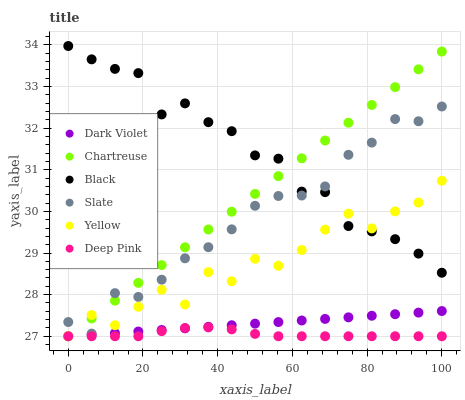
| xaxis_label | Dark Violet | Chartreuse | Black | Slate | Yellow | Deep Pink |
 | --- | --- | --- | --- | --- | --- | --- |
 | 0 | 27 | 27 | 34 | 27.3 | 27 | 27 |
 | 6.25 | 27 | 27.4 | 33.7 | 27.1 | 27.5 | 27 |
 | 12.5 | 27.1 | 27.9 | 33.4 | 28 | 27.3 | 27 |
 | 18.8 | 27.1 | 28.3 | 33.3 | 27.9 | 27.7 | 27 |
 | 25 | 27.2 | 28.7 | 32.3 | 28.4 | 28.1 | 27.1 |
 | 31.2 | 27.2 | 29.1 | 32.6 | 28.9 | 27.8 | 27.2 |
 | 37.5 | 27.2 | 29.6 | 32.1 | 29.1 | 28.5 | 27.2 |
 | 43.8 | 27.3 | 30 | 31.9 | 29.6 | 28.3 | 27.2 |
 | 50 | 27.3 | 30.4 | 31.3 | 30.1 | 28.9 | 27.1 |
 | 56.2 | 27.3 | 30.8 | 31.3 | 30.4 | 28.7 | 27 |
 | 62.5 | 27.4 | 31.3 | 30.5 | 30.4 | 29.1 | 27 |
 | 68.8 | 27.4 | 31.7 | 30.5 | 30.6 | 29.6 | 27 |
 | 75 | 27.5 | 32.1 | 29.6 | 31.4 | 29.9 | 27 |
 | 81.2 | 27.5 | 32.6 | 29.5 | 31.7 | 29.6 | 27 |
 | 87.5 | 27.5 | 33 | 29.3 | 32.2 | 30 | 27 |
 | 93.8 | 27.6 | 33.4 | 29 | 32.2 | 30.2 | 27 |
 | 100 | 27.6 | 33.8 | 28.5 | 32.5 | 30.7 | 27 |